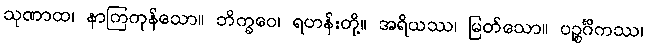
သုဏာထ၊ နာကြကုန်သော။ ဘိက္ခဝေ၊ ရဟန်းတို့။ အရိယဿ၊ မြတ်သော။ ပဉ္စင်္ဂိကဿ၊